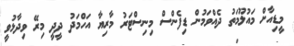
މީޑިއާށް މައުލޫމަތު ދެއްވަމުން ޑިފެންސް މިނިސްޓަރު މާރިޔާ އަހްމަދު ދީދީ މިރޭ ވިދާޅުވީ